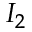
I _ { 2 }